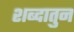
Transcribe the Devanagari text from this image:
शब्दातुन